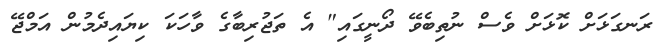
ރަނގަޅަށް ކޮޅަށް ވެސް ނުތިބެވޭ ދޯނީގައި" އެ ތަޖުރިބާގެ ވާހަކަ ކިޔައިދެމުން އަމްޖޭ